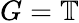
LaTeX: G=\mathbb{T}